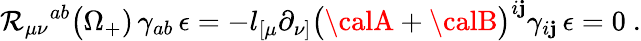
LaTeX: \mathcal{R}_{\mu\nu}{}^{ab}\bigl(\Omega_{+})\, \gamma_{ab}\, \epsilon=-l_{[\mu}\partial_{\nu]}\bigl({\calA}+{\calB}\bigr)^{i\mathbf{j}}\gamma_{i\mathbf{j}}\, \epsilon=0\ .